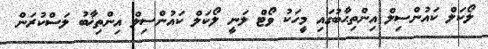
ލޯކަލް ކައުންސިލް އިންތިޙާބުގައި މީހަކު ވޯޓް ލަނީ ލޯކަލް ކައުންސިލް އިންތިޚާބު ލަސްކުރަން